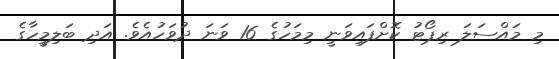
މި މައްސަލަ ރިޕޯޓު ކޮށްފައިވަނީ މިމަހުގެ 16 ވަނަ ދުވަހުއެވެ. އަދި ބަލިމީހާގެ